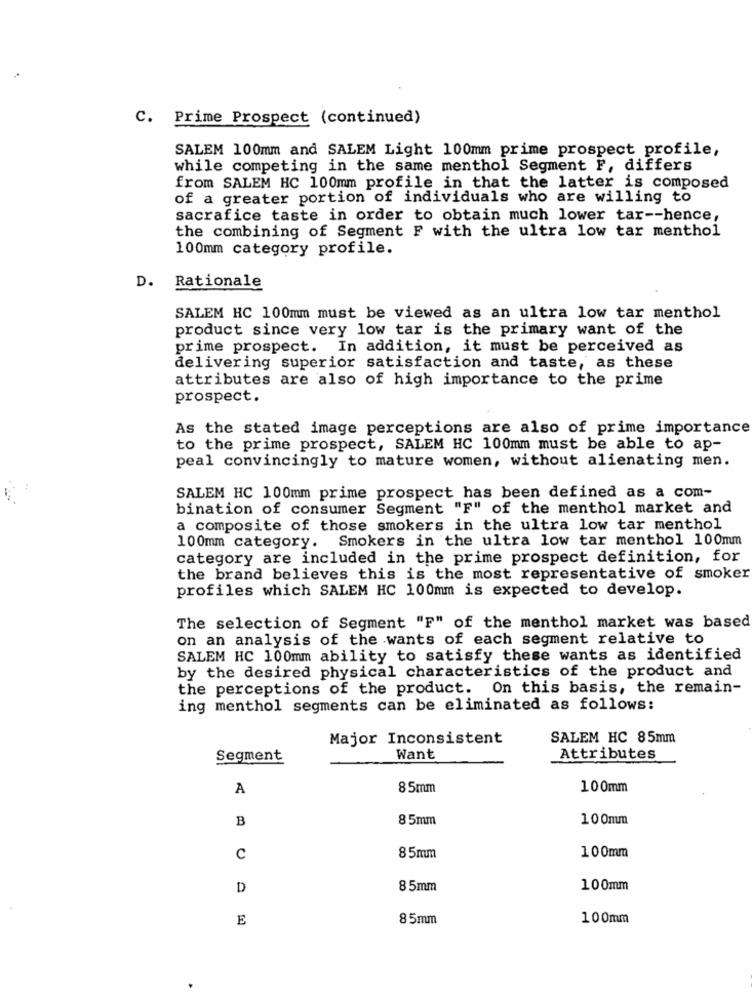
C. Prime Prospect (continued)
SALEM 100mm and SALEM Light 100mm prime prospect profile,
while competing in the same menthol Segment F, differs
from SALEM HC 100mm profile in that the latter is composed
of a greater portion of individuals who are willing to
sacrafice taste in order to obtain much lower tar -- hence,
the combining of Segment F with the ultra low tar menthol
100mm category profile.
D.
Rationale
SALEM HC 100mm must be viewed as an ultra low tar menthol
product since very low tar is the primary want of the
prime prospect. In addition, it must be perceived as
delivering superior satisfaction and taste, as these
attributes are also of high importance to the prime
prospect.
As the stated image perceptions are also of prime importance
to the prime prospect, SALEM HC 100mm must be able to ap-
peal convincingly to mature women, without alienating men.
SALEM HC 100mm prime prospect has been defined as a com-
bination of consumer Segment "F" of the menthol market and
a composite of those smokers in the ultra low tar menthol
100mm category. Smokers in the ultra low tar menthol 100mm
category are included in the prime prospect definition, for
the brand believes this is the most representative of smoker
profiles which SALEM HC 100mm is expected to develop.
The selection of Segment "F" of the menthol market was based
on an analysis of the wants of each segment relative to
SALEM HC 100mm ability to satisfy these wants as identified
by the desired physical characteristics of the product and
the perceptions of the product. On this basis, the remain-
ing menthol segments can be eliminated as follows:
Major Inconsistent
SALEM HC 85mm
Segment
Want
Attributes
A
8 5mm
100mm
B
8 5mm
100mm
100mm
c
85mm
D
8 5mm
100mm
E
85mm
100mm